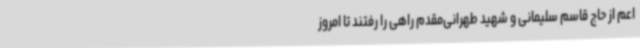
اعم از حاج قاسم سلیمانی و شهید طهرانی‌مقدم راهی را رفتند تا امروز